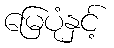
မြေပုံနှင့်